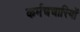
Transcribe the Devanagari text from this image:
कर्मचचारियों